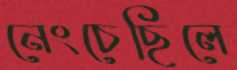
নেংচেছিলে